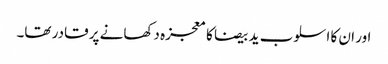
اور ان کا اسلوب ید بیضا کا معجزہ دکھانے پر قادر تھا۔